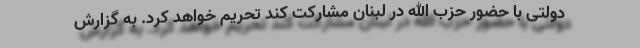
دولتی با حضور حزب الله در لبنان مشارکت کند تحریم خواهد کرد. به گزارش